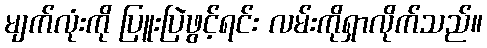
မျက်လုံးကို ပြူးပြဲဖွင့်ရင်း လမ်းကိုရှာလိုက်သည်။